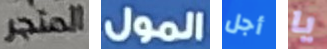
المتجر المول أجل يا